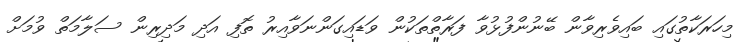
މިހަރަކާތުގައި ބައިވެރިވާން ބޭނުންފުޅުވާ ފަރާތްތަކުން ވަޑައިގަންނަވާއިރު ތޮފި އަދި މަދިރިން ސަލާމަތް ވުމަށް